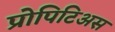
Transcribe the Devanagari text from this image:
प्रोपिटिअस